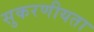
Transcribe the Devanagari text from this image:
सुकरणीयता